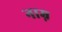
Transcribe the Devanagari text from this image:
नाम्न